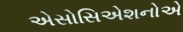
એસોસિએશનોએ